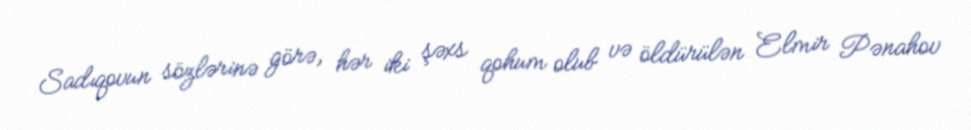
Sadıqovun sözlərinə görə, hər iki şəxs qohum olub və öldürülən Elmir Pənahov